Vital statistics of India. Vol. VI, European troops 1870-79
Year: 1870
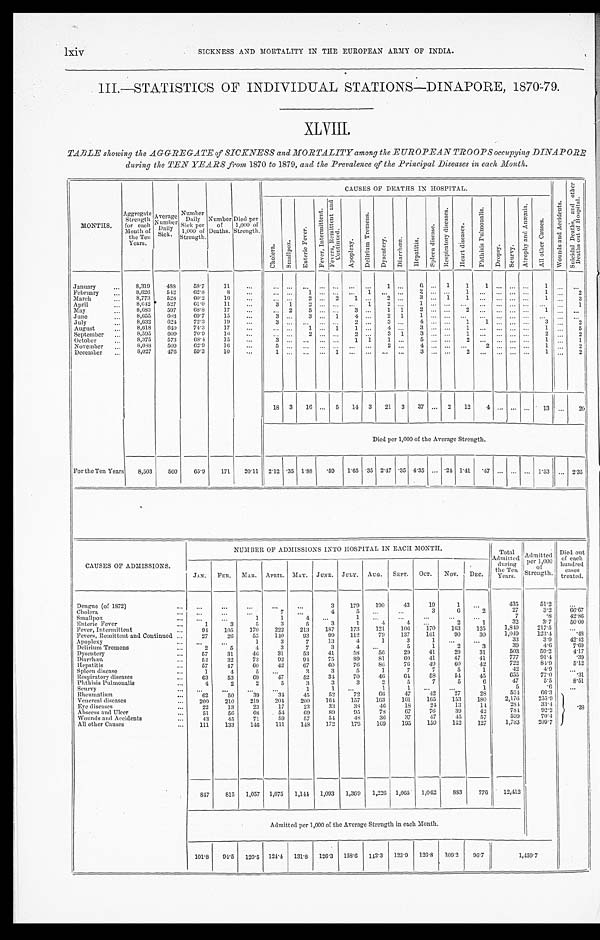
lxiv
SICKNESS AND MORTALITY IN THE EUROPEAN ARMY OF INDIA.
III.—STATISTICS OF INDIVIDUAL STATIONS—DINAPORE, 1870-79.
XLVIII.
TABLE showing the AGGREGATE of SICKNESS and MORTALITY among the EUROPEAN TROOPS occupying DINAPORE
during the TEN YEARS from 1870 to 1879, and the Prevalence of the Principal Diseases in each Month.
MONTHS.
Aggregate
Strength
for each
Month of
the Ten
Years.
A v e r a g e
N u m b e r
D a i l y
Sick.
Number
Daily
Sick per
1,000 of
Strength.
Number
of
Deaths.
Died per
1,000 of
Strength.
CAUSES OF DEATHS I N HOSPI TAL.
W o u n d s a n d A c c i d e n t s .
S u i c i d a l D e a t h s , a n d o t h e r
D e a t h s o u t o f H o s p i t a l .
C h o l e r a .
S m a l l p o x .
E n t e r i c F e v e r .
F e v e r , I n t e r m i t t e n t .
F e v e r s , R e m i t t e n t a n d
C o n t i n u e d .
A p o p l e x y .
D e l i r i u m T r e m e n s .
D y s e n t e r y .
D i a r r h œ a .
H e p a t i t i s .
S p l e e n d i s e a s e .
R e s p i r a t o r y d i s e a s e s .
H e a r t d i s e a s e s .
P h t h i s i s P u l m o n a l i s .
D r o p s y .
S c u r v y .
A t r o p h y a n d A n æ m i a .
A l l o t h e r C a u s e s .
January
. . .
8 , 3 1 9
488
58.7
11
. . .
. . . . . . . . .
. . .
. . .
. . .
. . .
1
. . .
6 . . . 1
1
1
. . . . . . . . .
1
. . .
. . .
February
. . . 8,626
542
62.8
8
. . .
. . . . . .
1
. . . . . .
. . . 1
. . .
. . .
2 . . . . . .
1 ...
. . . . . . . . .
1
. . .
2
March
. . .
8,773
528
60.2
16
. . .
. . . . . . 2
. . . 2
1
. . .
2 . . . 3
. . . 1
1
. . .
. . . . . . . . . 1
. . .
3
April
. . .
8,642
527
6 1 . 0
11
. . .
3
1
2 . . . . . . . . . 1
2 . . .
1 . . . . . .
. . .
. . .
. . . . . . . . .
. . .
. . .
1
May
. . .
8,683
597
68.8
17
. . .
. . .
2
5
. . . . . .
3 . . . 1 1
2 . . . . . . 2
. . .
. . . . . . . . .
1
. . . . . .
June
. . .
8,655
603
69.7
15
. . .
3
. . .
3 . . . 1
4 . . . 2 1
1 . . . . . .
. . . ...
. . . . . . . . .
. . .
. . .
. . .
July
. . .
8,632
624
72.3
19
. . .
3 . . .
. . . . . . . . .
2 . . .
3 . . .
4 . . . . . . 1
1
. . . . . . . . . 3
. . . 2
August
. . .
8,618
640
74.3
17
. . .
. . . . . .
1
. . . 1
1 . . .
4 . . .
3 . . . . . .
1 ...
. . . . . . . . . 1
. . . 5
September
. . .
8,595
609
70.9
16
. . .
. . . . . .
2
. . . . . .
2 . . . 3 1
3 . . . . . .
1 ...
. . . . . . . . .
2
. . . 2
October
. . .
8,375
573
68.4
15
. . .
3
. . .
. . . . . . . . .
1 1
1 . . .
5 . . . . . . 2
. . .
. . . . . . . . .
1
. . . 1
November
. . .
8,088
509
62.9
16
. . .
5
. . . . . .
. . . . . .
. . .
. . .
2
. . .
4 . . . . . .
. . . 2
. . . . . . . . . 1
. . . 2
December
. . .
8,027
476
59.3
10
. . .
1
. . .
. . .
. . . 1
. . . . . .
. . . . . .
3 . . . . . .
2 ...
. . .
. . . . . .
1
. . .
2
18 3
16
. . . 5
14 3
21 3
37
. . . 2
12
4
. . . . . . . . . 13
. . . 20
Died per 1,000 of the Average Strength.
For the Ten Years
8,503
500
65.9
171
20.11 2.12 .35
1 . 8 8 .59
1.65 .35 2.47 .35 4.35
. . . .24 1.41
. 4 7 . . . . . . . . . 1.53
. . . 2.35
CAUSES OF ADMISSIONS.
NUMBER OF ADMISSIONS INTO HOSPITAL IN EACH MONTH.
Total
Admitted
during
the Ten
years.
Admitted
per 1,000
o f
Strength.
Died out
of each
hundred
cases
treated.
JAN. FEB. MAR. APRIL. MAY. JUNE. JULY. AUG.
SEPT. OCT.
NOV.
D E C .
Dengue (of 1872)
...
. . .
. . .
. . .
. . .
. . .
3
179
190
43
19
1
. . .
435
51.2
. . .
Cholera
. . .
. . .
. . .
. . .
7
. . .
4
5
. . .
. . .
3
6
2
27
3.2
66.67
Smallpox
. . .
. . .
. . .
1
1
4
. . .
1
. . .
. . .
. . .
. . .
. . .
7
.8
42.86
Enteric Fever
. . .
1
3
5
3
5
3
1
4
4
. . .
2
1
32
3.7
50.00
Fever, Intermittent
. . .
9 4 105
170
222
213
187
173
121
106
170
163
125
1,849
217.5
. . .
Fevers, Remittent and Continued . . .
27
26
55
140
93
99
112
79
137
161
90
30
1,049
123.4
. 4 8
Apoplexy
. . .
. . . . . .
1
3
7
13
4
1
3
1
. . .
. . .
33
3.9
42.42
Delirium Tremens
. . .
2
5
4
3
7
3
4
. . .
5
1
2
3
39
4.6
7.69
Dysentery
. . .
57
31
46
31
53
41
58
56
29
41
29
31
503
59.2
4.17
Diarrhœa
. . .
52
32
73
92
94
75
89
81
60
41
47
41
777
91.4
.39
Hepatitis
. . .
57
47
60
42
67
60
76
86
76
49
60
42
722
84.9
5.12
Spleen disease
. . .
1
4
5
. . .
3
3
5
1
7
7
5
1
42
4.9
. . .
Respiratory diseases
. . .
63
53
69
47
52
34
70
46
64
58
54
45
655
77.0
.31
Phthisis Pulmonalis
. . .
4
2
2
5
3
3
3
2
5
7
5
6
47
5.5
8.51
Scurvy
. . .
. . .
. . .
. . .
. . .
1
1
. . .
1
1
. . . . . .
1
5
. 6
. . .
Rheumatism
. . .
62
50
39
34
45
52
72
66
47
42
27
28
5 6 4
6 6 . 3
. 3
8
Venereal diseases
. . . 200
210
219
204
200
164
157
163
161
165
153
180
2,176
255.9
Eye diseases
. . .
2 2
13
23
17
23
33
38
46
18
24
13
14
284
33.4
Abscess and Ulcer
. . .
51
56
68
54
69
89
95
78
67
76
39
42
784
92.2
Wounds and Accidents
. . .
43
45
71
59
57
54
48
36
37
47
45
57
599
70.4
All other Causes
. . .
1 1 1
133
146
111
148
172
179
169
195
150
142
127
1,783
209.7
847
815 1,057 1,075 1,144 1,093 1,369 1,226 1,065 1,062
833
776
12,412
Admitted per 1,000 of the Average Strength in each Month.
101.8
94.5 120.5 124.4 131.8 126.3 158.6 142.3 123.9 126.8 109.2
96.7
1,459.7